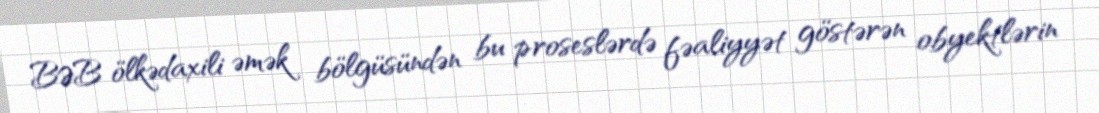
BƏB ölkədaxili əmək bölgüsündən bu proseslərdə fəaliyyət göstərən obyektlərin